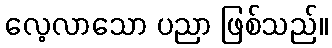
လေ့လာသော ပညာ ဖြစ်သည်။